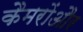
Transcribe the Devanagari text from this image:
कैमरोंऔर